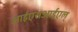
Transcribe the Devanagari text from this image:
आईएसआईएल्